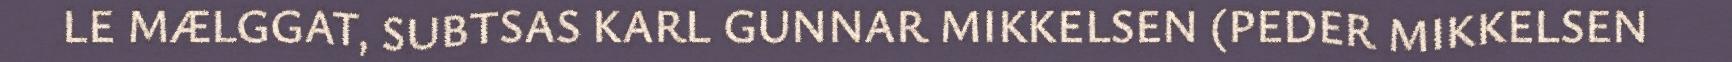
LE MÆLGGAT, SUBTSAS KARL GUNNAR MIKKELSEN (PEDER MIKKELSEN